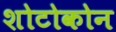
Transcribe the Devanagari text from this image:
शोटोकोन